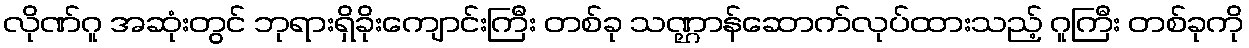
လိုဏ်ဂူ အဆုံးတွင် ဘုရားရှိခိုးကျောင်းကြီး တစ်ခု သဏ္ဌာန်ဆောက်လုပ်ထားသည့် ဂူကြီး တစ်ခုကို